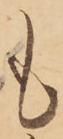
も